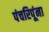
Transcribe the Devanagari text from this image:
पंचरिपूंना